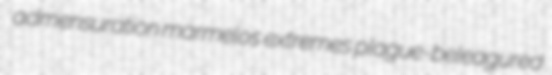
admensuration marmelos extremes plague-beleagured